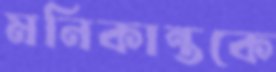
মনিকান্তকে